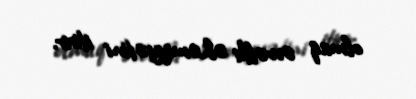
olmaq əvvəlki əhəmiyyətini itirir.